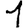
Digit: 1